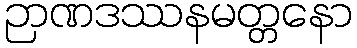
ဉာဏဒဿနမတ္တနော